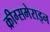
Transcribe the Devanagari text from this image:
क्रीग्समेराइन